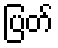
ပြတ်